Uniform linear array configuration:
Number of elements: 24
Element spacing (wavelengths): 1
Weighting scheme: binomial
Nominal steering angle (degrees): -45
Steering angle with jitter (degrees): -45.117
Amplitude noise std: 0.05
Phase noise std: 0.05

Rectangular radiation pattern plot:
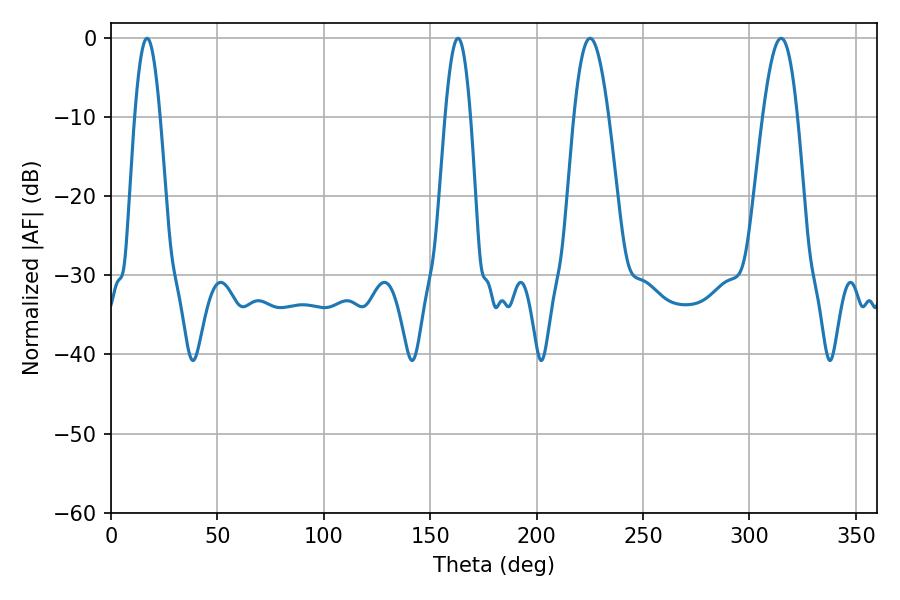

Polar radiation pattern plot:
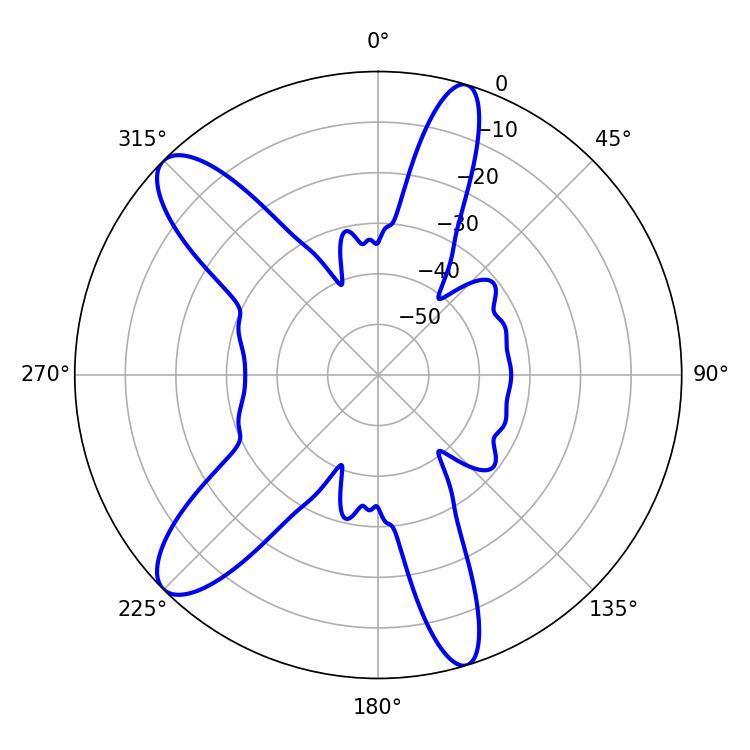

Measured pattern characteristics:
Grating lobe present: TRUE
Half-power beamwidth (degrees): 6.48
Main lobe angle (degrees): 16.92